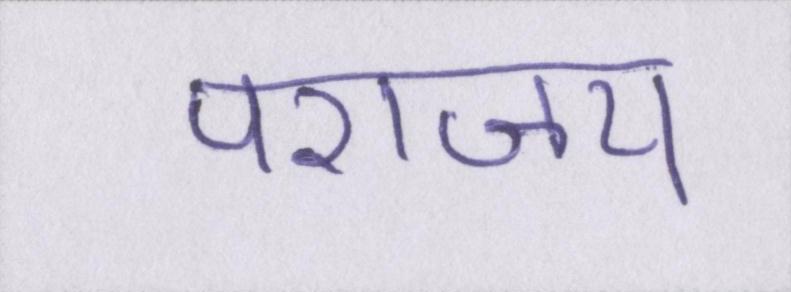
पराजय